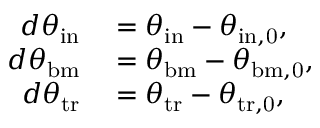
\begin{array} { r l } { d \theta _ { \mathrm { i n } } } & { { } = \theta _ { \mathrm { i n } } - \theta _ { \mathrm { i n , 0 } } , } \\ { d \theta _ { \mathrm { b m } } } & { { } = \theta _ { \mathrm { b m } } - \theta _ { \mathrm { b m , 0 } } , } \\ { d \theta _ { \mathrm { t r } } } & { { } = \theta _ { \mathrm { t r } } - \theta _ { \mathrm { t r , 0 } } , } \end{array}